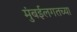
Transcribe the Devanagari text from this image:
मुंबईलगतच्या